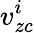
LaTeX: v_{zc}^{i}